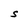
Character: S